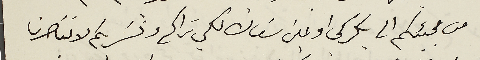
من مجيئكم الى بكركي او عين سعاده لكي نراكم ونسَر بكم لاننا صرنا